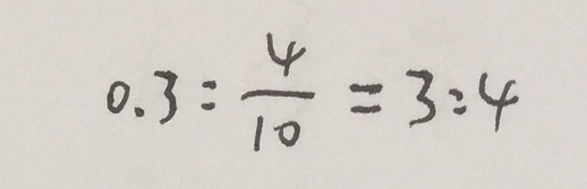
0 . 3 : \frac { 4 } { 1 0 } = 3 : 4